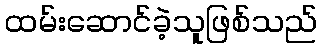
ထမ်းဆောင်ခဲ့သူဖြစ်သည်